Report of the Hyderabad Chloroform Commission
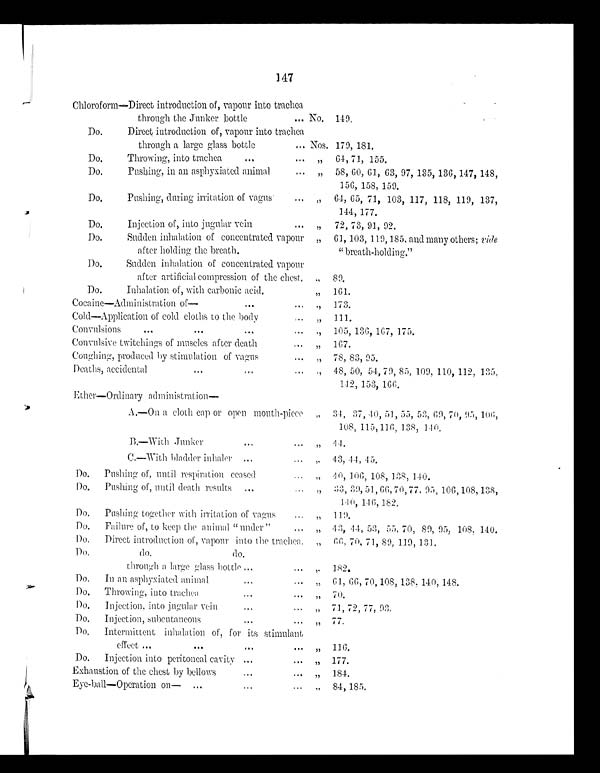
147
Chloroform—Direct introduction of, vapour into trachea
through the Junker bottle
No. 149.
Do.
Direct introduction of, vapour into trachea
through a large glass bottle
Nos. 179, 181.
Do.
Throwing, into trachea
...
... „ 64, 71, 155.
Do.
Pushing, in an asphyxiated animal
.. „ 58, 60, 61, 63, 97, 135, 136, 147, 148,
156, 158, 159.
Do. Pushing, during irritation of vagus ...
„ 64, 65, 71, 103, 117, 118, 119, 137,
144, 177.
Do.
Injection of, into jugular vein
„ 72, 73, 91, 92.
Do.
Sudden inhalation of concentrated vapour
after holding the breath.
„ 61, 103, 119, 185, and many others; vide
"breath-holding."
Do.
Sudden inhalation of concentrated vapour
after artificial compression of the chest. ,, 89.
Do.
Inhalation of, with carbonic acid.
,, 161.
Cocaine—Administration of-
. ,, 173.
Cold—Application of cold cloths to the body
„ 111.
Convulsions
...
...
...
,, 105, 136, 167, 175.
Convulsive twitchings of muscles after death
... ,, 167.
Coughing, produced by stimulation of vagus
„ 78, 83, 95.
Deaths, accidental
,, 48, 50, 54, 79, 85, 109, 110, 112, 135,
142, 153, 166.
Ether—Ordinary administration-
A.—On a cloth cap or open mouth-piece ,,
34, 37, 40, 51, 55, 53, 69, 70, 95,106,
108, 115, 116, 138, 140.
B.—With Junker
...
.
,, 44.
C.—With bladder inhaler ...
... „ 43, 44, 45.
Do.
Pushing of, until respiration ceased
„ 40, 106, 108, 138, 140.
Do.
Pushing of, until death results
..
„ 33, 39, 51, 66, 70, 77, 95, 106, 108, 138,
140, 146, 182.
Do.
Pushing together with irritation of vagus
,,
119.
Do.
Failure of, to keep the animal "under"
„ 43, 44, 53, 55, 70, 89, 95, 108, 140.
Do. Direct introduction of, vapour into the trachea. „ 66, 70, 71, 89, 119, 131.
Do. do. do.
through a large glass bottle
,, 182.
Do.
In an asphyxiated animal
„ 61, 66, 70, 108, 138, 140, 148.
Do.
Throwing, into trachea
.
,,
70.
Do.
Injection, into jugular vein
.
„ 71, 72, 77, 93.
Do.
Injection, subcutaneous
... ,,
77.
Do.
Intermittent inhalation of, for its stimulant
effect ..
...
... ,, 116.
Do.
Injection into peritoneal cavity ...
„ 177.
Exhaustion of the chest by bellows
... „ 184.
Eye-ball—Operation on— ...
„ 84, 185.